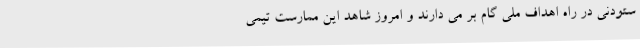
ستودنی در راه اهداف ملی گام بر می دارند و امروز شاهد این ممارست تیمی